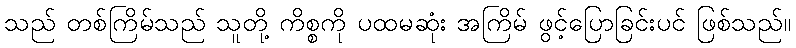
သည် တစ်ကြိမ်သည် သူတို့ ကိစ္စကို ပထမဆုံး အကြိမ် ဖွင့်ပြောခြင်းပင် ဖြစ်သည်။